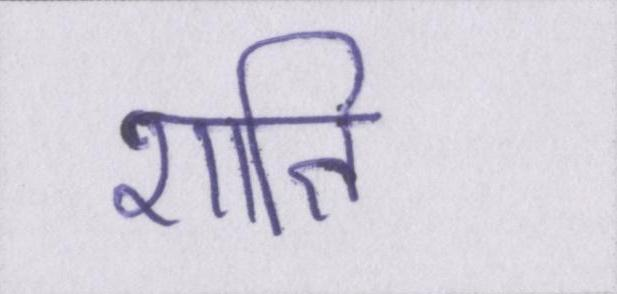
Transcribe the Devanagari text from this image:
शाति